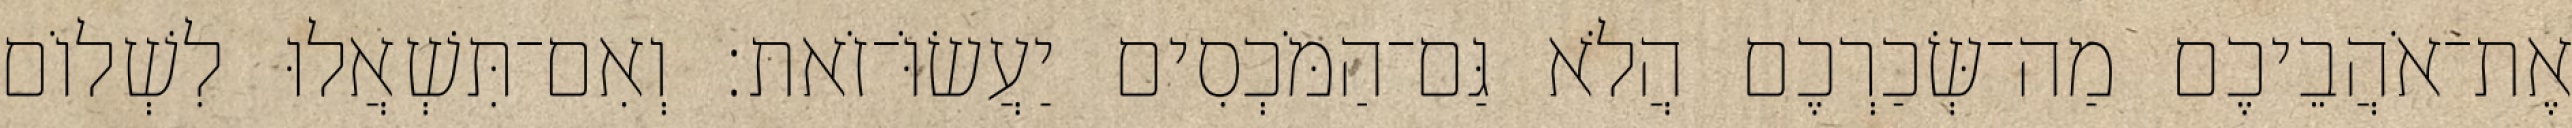
אֶת־אֹהֲבֵיכֶם מַה־שְּׂכַרְכֶם הֲלֹא גַּם־הַמֹּכְסִים יַעֲשׂוֹּ־זֹאת׃ וְאִם־תִּשְׁאֲלוּ לִשְׁלוֹם